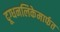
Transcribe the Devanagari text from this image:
दूग्धनलिकेमार्फत